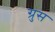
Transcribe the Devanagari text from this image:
ग्रुस